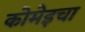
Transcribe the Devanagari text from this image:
कोमेइचा